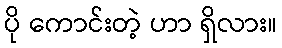
ပို ကောင်းတဲ့ ဟာ ရှိလား။